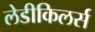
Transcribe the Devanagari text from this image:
लेडीकिलर्स